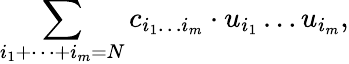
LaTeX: \sum_{i_{1}+\dots+i_{m}=N}c_{i_{1}\dots i_{m}}\cdot u_{i_{1}}\dots u_{i_{m}},